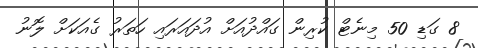
8 ގަޑި 50 މިނެޓް ކުރިން ގައްދުއަށް އުދައަރައި ހަތަރު ގެއަކަށް ލޮނު